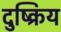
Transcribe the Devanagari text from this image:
दुष्क्रिय